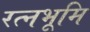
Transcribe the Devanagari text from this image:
रत्नभूमि